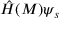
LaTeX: { \hat { H } } ( M ) \psi _ { s }